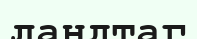
ландтаг